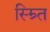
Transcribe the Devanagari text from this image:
स्म्र्ति